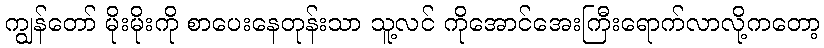
ကျွန်တော် မိုးမိုးကို စာပေးနေတုန်းသာ သူ့လင် ကိုအောင်အေးကြီးရောက်လာလို့ကတော့